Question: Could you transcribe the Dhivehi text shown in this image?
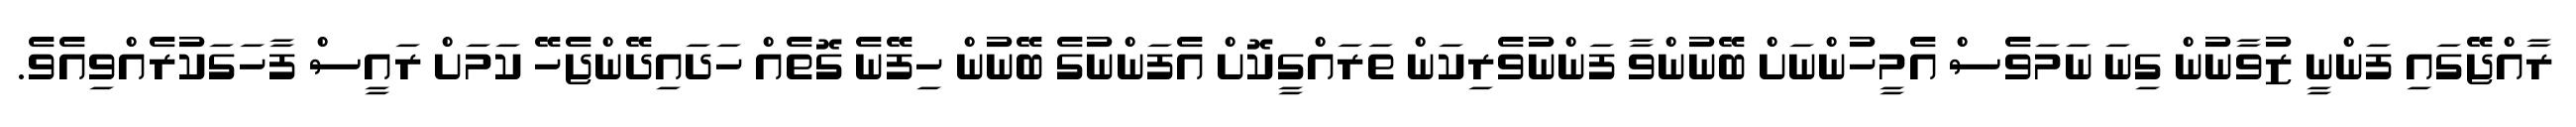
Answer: ރާއްޖޭގައި ފަންނީ ޒުވާނުން ގިނަ ނަމަވެސް އެމީހުންނަށް ބޭނުންވާ ފަންނުވެރިކަން ތަރައްގީކޮށް އެފަންނުގެ ބޭނުން ހިފޭނެ ގޮތެއް ހަދައިދޭންޖެހޭ ކަމަށް ރައީސް ފާހަގަކުރެއްވިއެވެ.